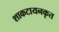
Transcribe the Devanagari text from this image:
शाकटायनकृत